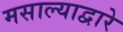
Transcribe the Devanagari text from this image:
मसाल्याद्वारे